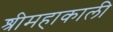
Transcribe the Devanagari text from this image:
श्रीमहाकाली